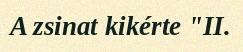
A zsinat kikérte "II.